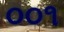
૦૦૧